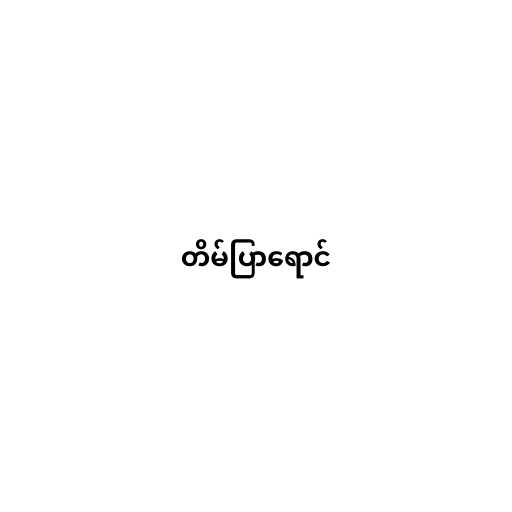
တိမ်ပြာရောင်